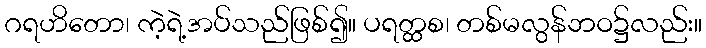
ဂရဟိတော၊ ကဲ့ရဲ့အပ်သည်ဖြစ်၍။ ပရတ္ထစ၊ တစ်မလွန်ဘဝ၌လည်း။